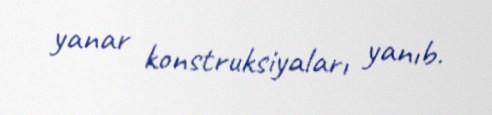
yanar konstruksiyaları yanıb.